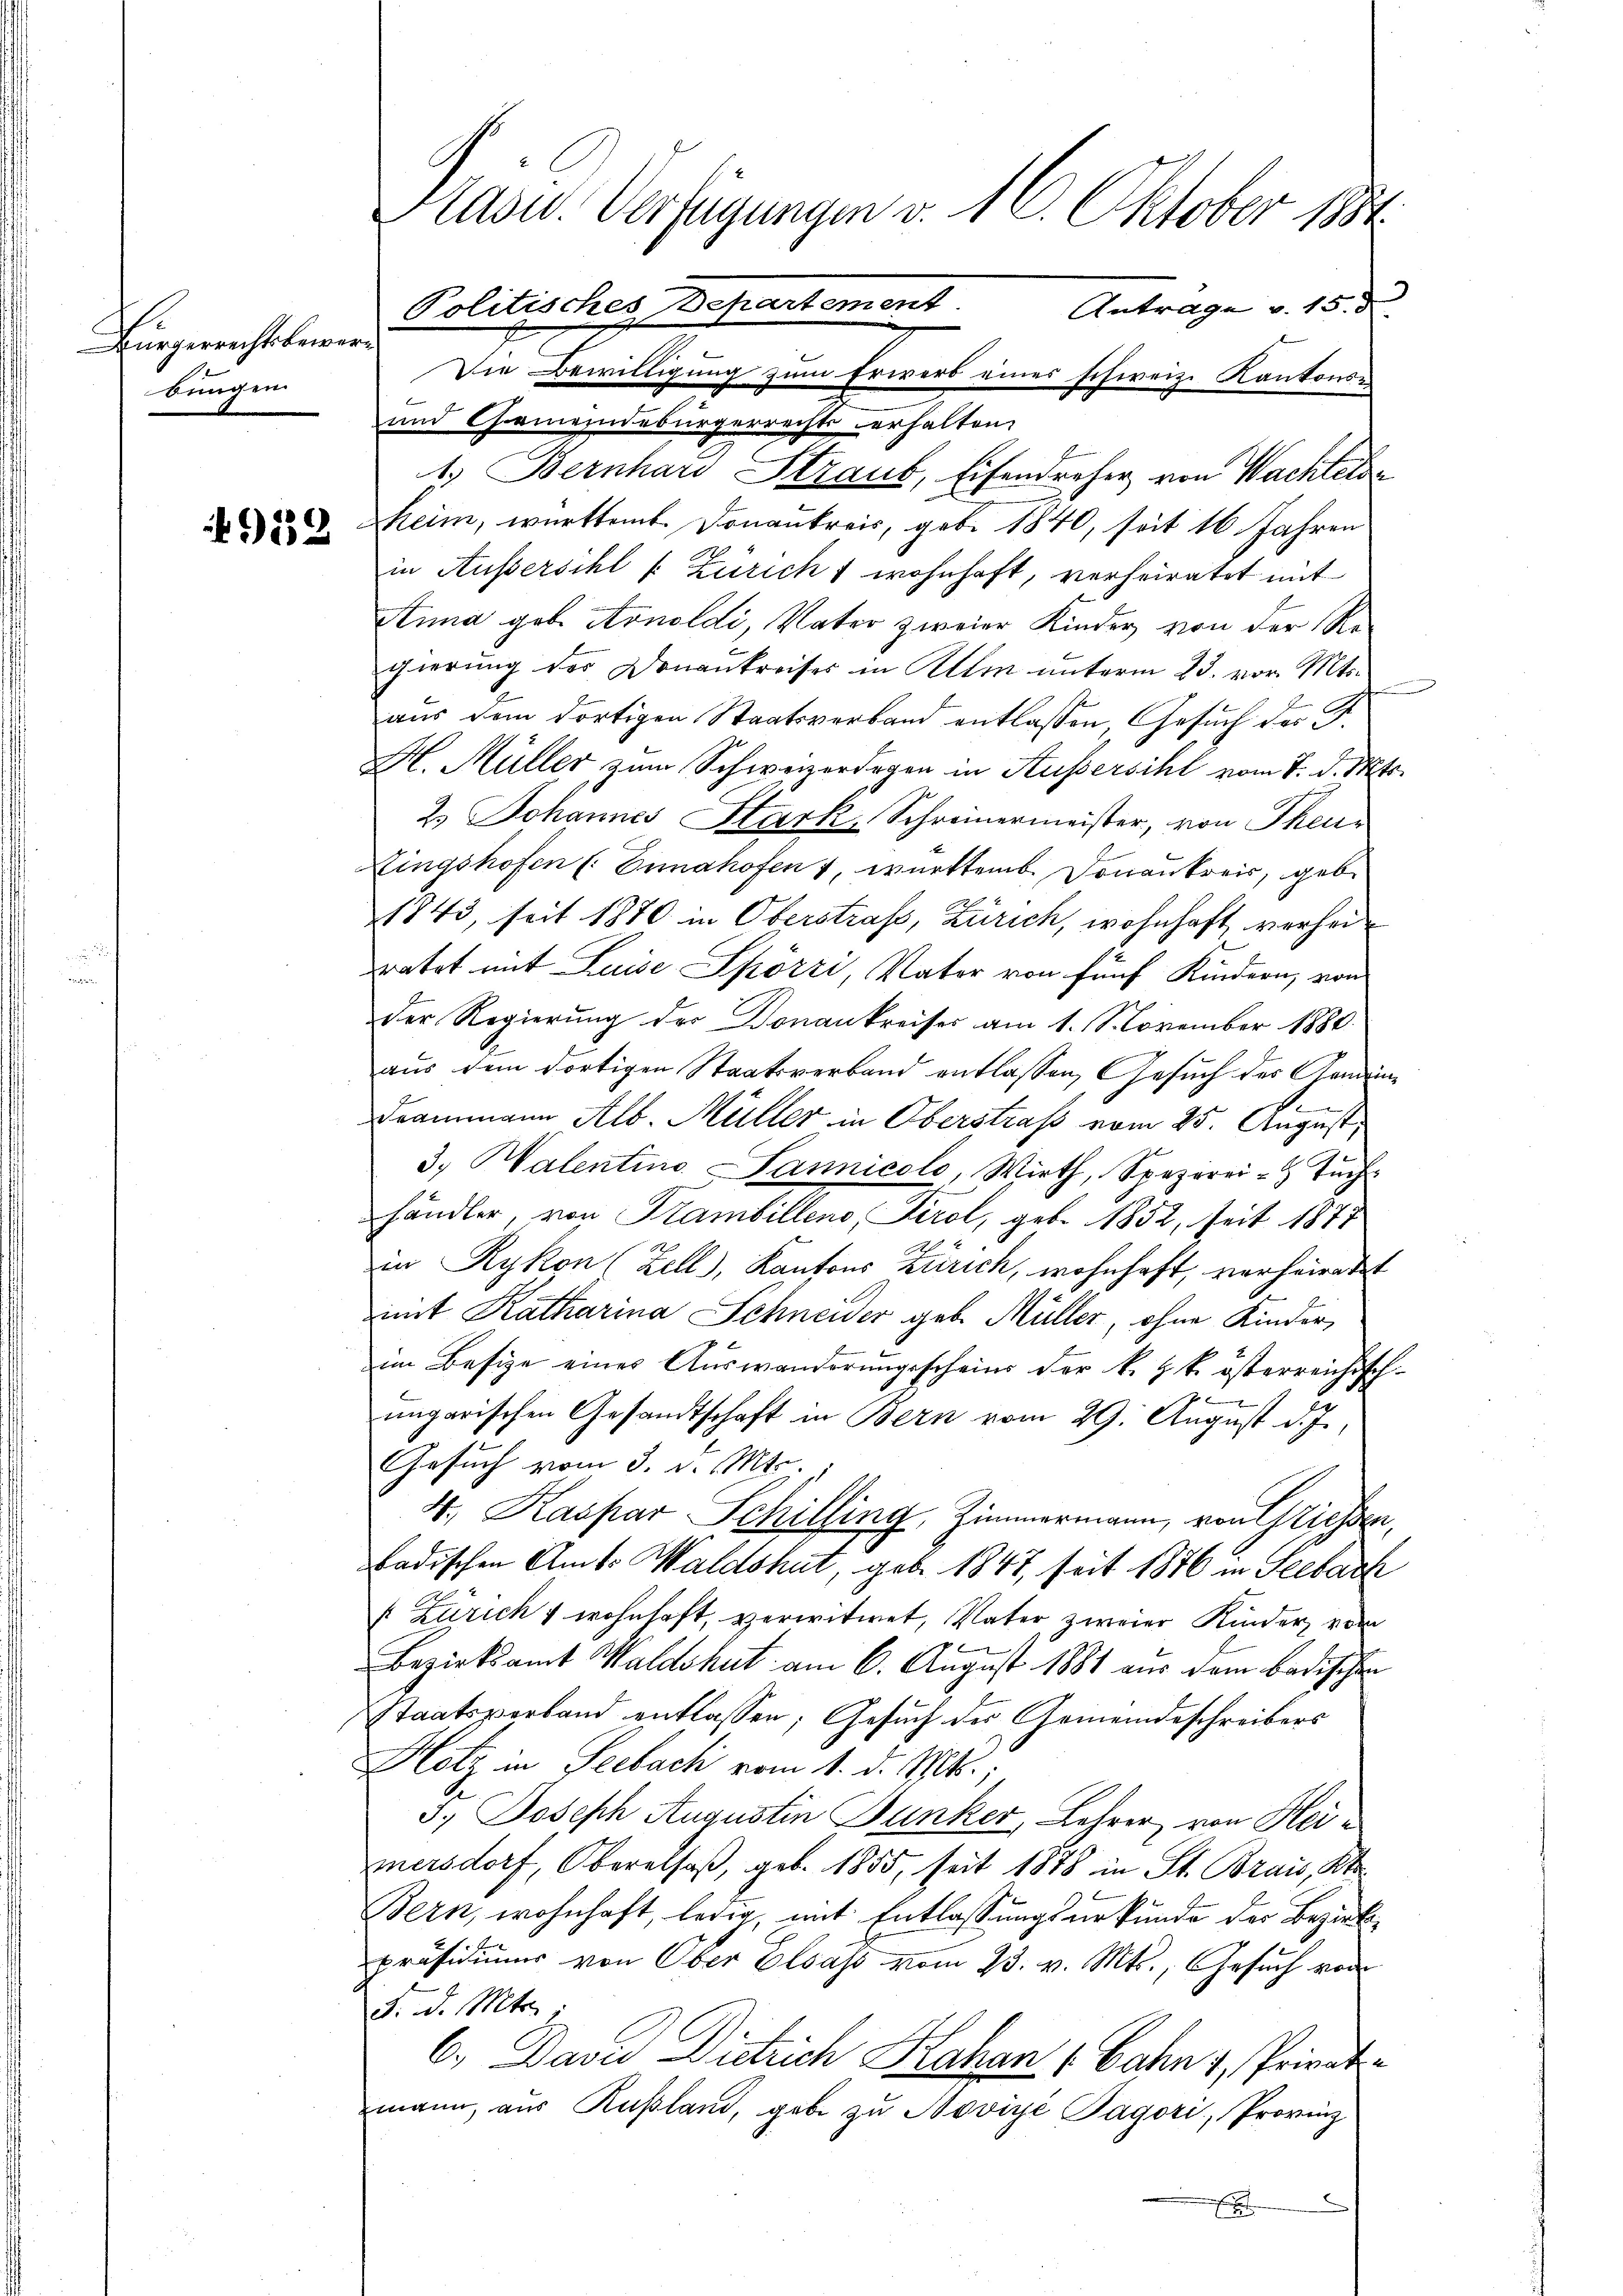
Bürgerrechts bewerbungen

912

Die Bewilligung zum Erwerb eines schweiz. Kantonse
und Gemeindebürgerrechtserhalten,
1.) Bernhard Straut, Eisendreher von Wachtels
heim, württemb. Donaukreis, geb. 1840, seit 16 Jahren
in Aussersihl f. Zuricht wohnhaft, verheiratet mit
Stima geb. Arnoldi, Vater zweier Kinder von der Regierung des Donaukreises in Alle unterm 23. vor. Mts.
aus dem dortigen Staatsverband entlassen, Gesuch der B.
H. Müller zum Schweizerdigen in Aussersihl vom 7. d. Mts.
2. Johannes Stark, Schreinermeister, von Thei
Singshofen (: Ennshofen , württemb. Donankreis, gebe
22
1843, seit 1870 in Oberstraf, Zürich, wohnhaft verheit
ratet mit Luise Spörri, Vater von fünf Kindern, von
der Regierung der Donaukreises am 1. November 1880.
aus dem dortigen Staatsverband entlassen, Gesuch des Gemein¬
Frammann Alb. Müller in Oberstraß vom 25. August,
3. Walentine Lannicole, Wirth, Spezerei- Tuch
händler, von Trambillens, Tirol, geb. 1852, seit 1877
in Rykon (Zell, Kantons Zürich, wohnhaft, verheiratet
mit Katharina Schneider geb. Müller, ohne Kinder
im Besize eines Aŭswanderŭngsscheins der k. k. k. österreichisch-
u
ungarischen Gesandtschaft in Bern vom 29. August d. J.,
Gesuch vom 3. d. Mts.
4. Kaspar Schilling, Zimmermann, von Griessen,
badischen Amts Waldshut, geb. 1847, seit 1876 in Seebach
 Züricht wohnhaft, verwitwet, Vater, zweier Kinder, von
Bezirksamt Waldshut am 6. August 1881 aus dem badischen
Staatsverband entlassen; Gesuch der Gemeindeschreibers
Hotz in Seebach vom 1. d. Mts.,
3.) Joseph Augustin Dunker, Lehrer, von Heimersdorf, Oberalsaß, geb. 1855, seit 1878 in St. Brais, Kt.
Bern, wohnhaft, ledig, mit Entlassungsurkunde der Bezirkspräsidiŭms von Ober Elsass vom 23. v. Mts., Gesuch von
5. d. Mts.,
6.) David Dietrich Hahan 1 Jahn 1, Privatmann, aus Rußland, gabe zu Noviye Pagori, Provinz

Präsid. Verfügungen v. 16. Oktober 1834.
Politisches Departement
Antrage v. 15. d.